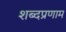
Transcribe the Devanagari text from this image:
शब्दप्रणाम